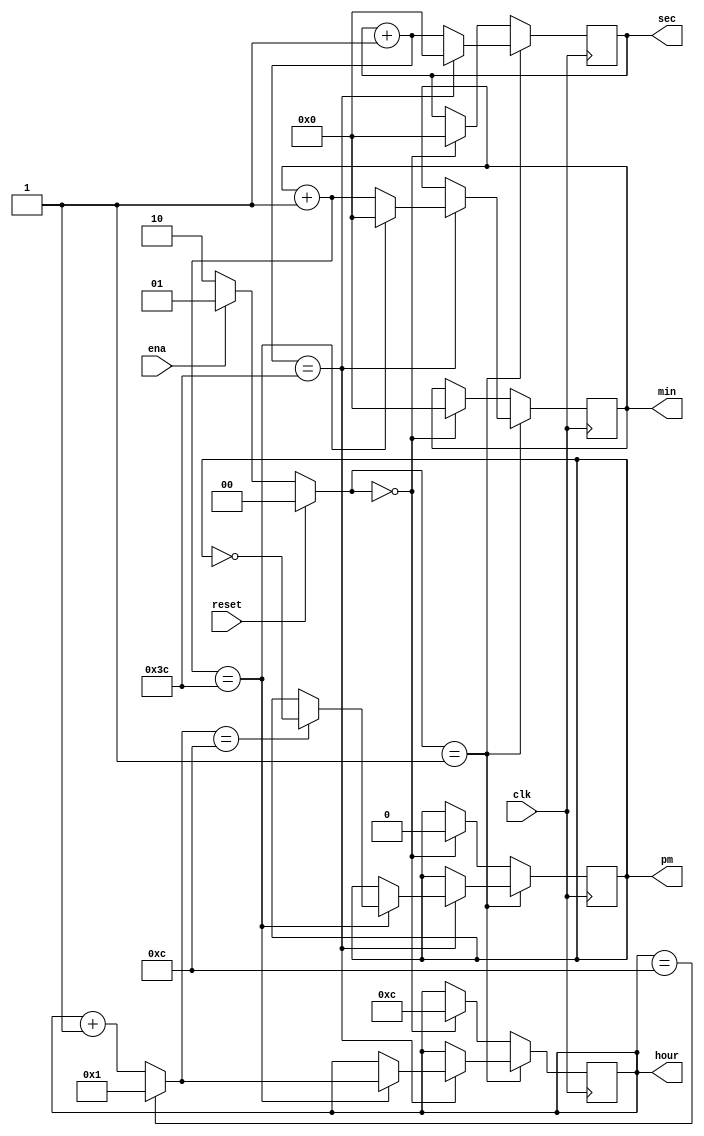

module hourclock 
    (
        input wire clk,
        input wire reset,
        input wire ena,
        output reg pm,
        output reg [7:0] hour,
        output reg [7:0] min,
        output reg [7:0] sec
    );


    /* you need to fill in the blanks here */
    
    /* Start */
	// State Definitions
    localparam RESET = 2'b00,
            NORMAL = 2'b01,
            PAUSED = 2'b10;
	reg [1:0] state;
    // State Transition Logic
	always @(reset or ena) begin
	    if (reset) begin
	        // Reset condition
	        state <= RESET;
	    end 
		else begin
	        // Transition based on ena
	        if (ena)
	            state <= NORMAL;
	        else
	            state <= PAUSED;
	    end
	end

	// Time Counting Logic
	always @(posedge clk) begin
	    if (state == NORMAL) begin
	        // Increment time only if not in reset
	        sec = sec + 8'd1;
	        if (sec == 8'd60) begin
	            sec = 8'd0;
	            min = min + 8'd1;
	            if (min == 8'd60) begin
	                min = 8'd0;
	                hour = hour == 8'd12 ? 8'd1 : hour + 8'd1;
	                if (hour == 8'd12)
	                    pm = ~pm; // Toggle PM on 12-hour
	            end
	        end
	    end
		else if(state == RESET) begin
			// Reset outputs
        	hour = 8'd12;
        	min = 8'd0;
        	sec = 8'd0;
        	pm = 1'b0;
		end
		// PAUSE state requires no operational logic
	end
    /* END */


endmodule